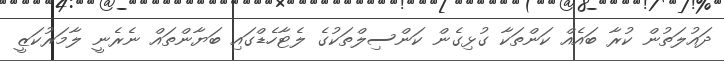
ދައުލަތުން ކުރާ ބައެއް ކަންތަކާ ގުޅިގެން ކަންސިލްތަކުގެ ލެޓާހެޑްގައި ބަޔާންތައް ނެރެނީ ލާމަރުކަޒީ